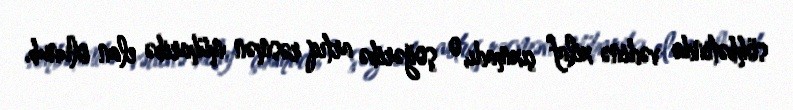
söhbətində vədinə xilaf çıxmadı, o şoğəribə artıq rəsmən müharibə elan olunub.